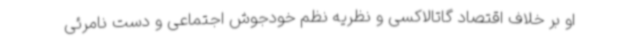
او بر خلاف اقتصاد گاتالاکسی و نظریه نظم خودجوش اجتماعی و دست نامرئی